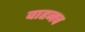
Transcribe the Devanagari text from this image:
वाहनच